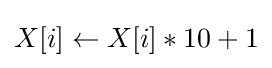
X[i]\gets X[i]*10+1